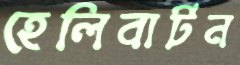
হেলিবার্টন